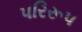
પરિરૂપ